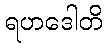
ရဟဒေါတိ